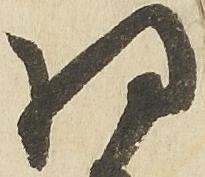
将